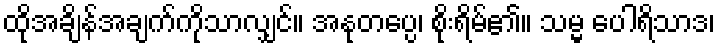
ထိုအချိန်အချက်ကိုသာလျှင်။ အနုတပ္ပေ၊ စိုးရိမ်၏။ သမ္မ ပေါရိသာဒ၊